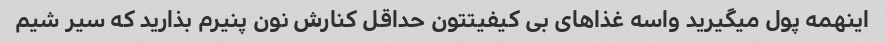
اینهمه پول میگیرید واسه غذاهای بی کیفیتتون حداقل کنارش نون پنیرم بذارید که سیر شیم